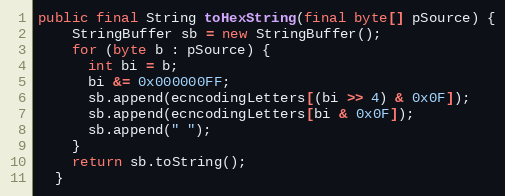
Language: Java
public final String toHexString(final byte[] pSource) {
    StringBuffer sb = new StringBuffer();
    for (byte b : pSource) {
      int bi = b;
      bi &= 0x000000FF;
      sb.append(ecncodingLetters[(bi >> 4) & 0x0F]);
      sb.append(ecncodingLetters[bi & 0x0F]);
      sb.append(" ");
    }
    return sb.toString();
  }